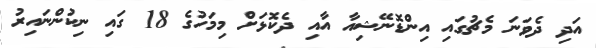
އަދި ދެވަނަ މެޗުގައި އިންޑޮނޭޝިއާ އާއި ދެކޮޅަށް މިމަހުގެ 18 ގައި ނިކުންނައިރު